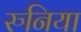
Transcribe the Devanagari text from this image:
रुनिया